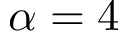
\alpha = 4